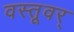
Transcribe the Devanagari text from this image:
वस्तूवर्